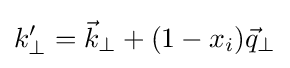
k_{\perp }^{\prime }={\vec {k}}_{\perp }+(1-x_{i}){\vec {q}}_{\perp }